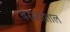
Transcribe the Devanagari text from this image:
परस्टाताल